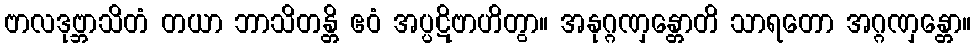
ဗာလဒုဗ္ဘာသိတံ တယာ ဘာသိတန္တိ ဧဝံ အပ္ပဋိဗာဟိတွာ။ အနုဂ္ဂဏှန္တောတိ သာရတော အဂ္ဂဏှန္တော။